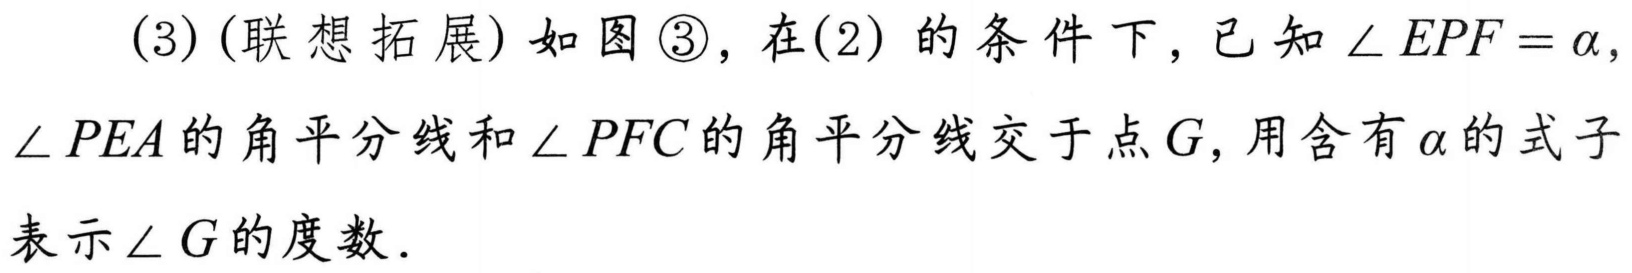
(3) (联想拓展) 如图\textcircled{3}，在(2) 的条件下，已知\(\angle EPF = \alpha\)，\(\angle PEA\)的角平分线和\(\angle PFC\)的角平分线交于点\(G\)，用含有\(\alpha\)的式子表示\(\angle G\)的度数．